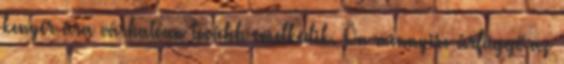
kenyér ára várhatóan tovább emelkedik. Ön mennyire árfüggő az